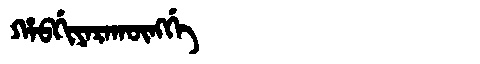
Manchu: ᡥᠠᠪᡤᡳᠶᠠᡵᠠᡴᡡᠩᡤᡝ
Romanization: HABGIYARAKŪNGGE